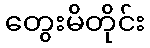
တွေးမိတိုင်း